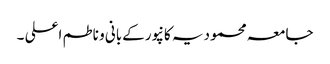
جامعہ محمودیہ کانپورکےبانی و ناطم اعلی ۔